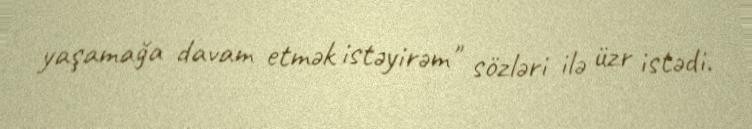
yaşamağa davam etmək istəyirəm" sözləri ilə üzr istədi.